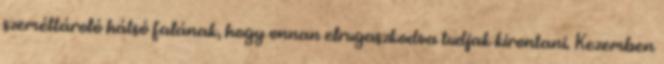
szeméttároló hátsó falának, hogy onnan elrugaszkodva tudjak kirontani. Kezemben